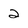
Character: 2